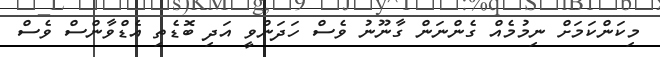
މިކަންކަމަށް ނިމުމެއް ގެންނަން ގާނޫނު ވެސް ހަދަންވީ އަދި ބޮޑެތި އެޑްވާންސް ވެސް